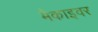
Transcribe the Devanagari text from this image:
मैकाइवर